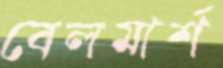
বেলমার্শ